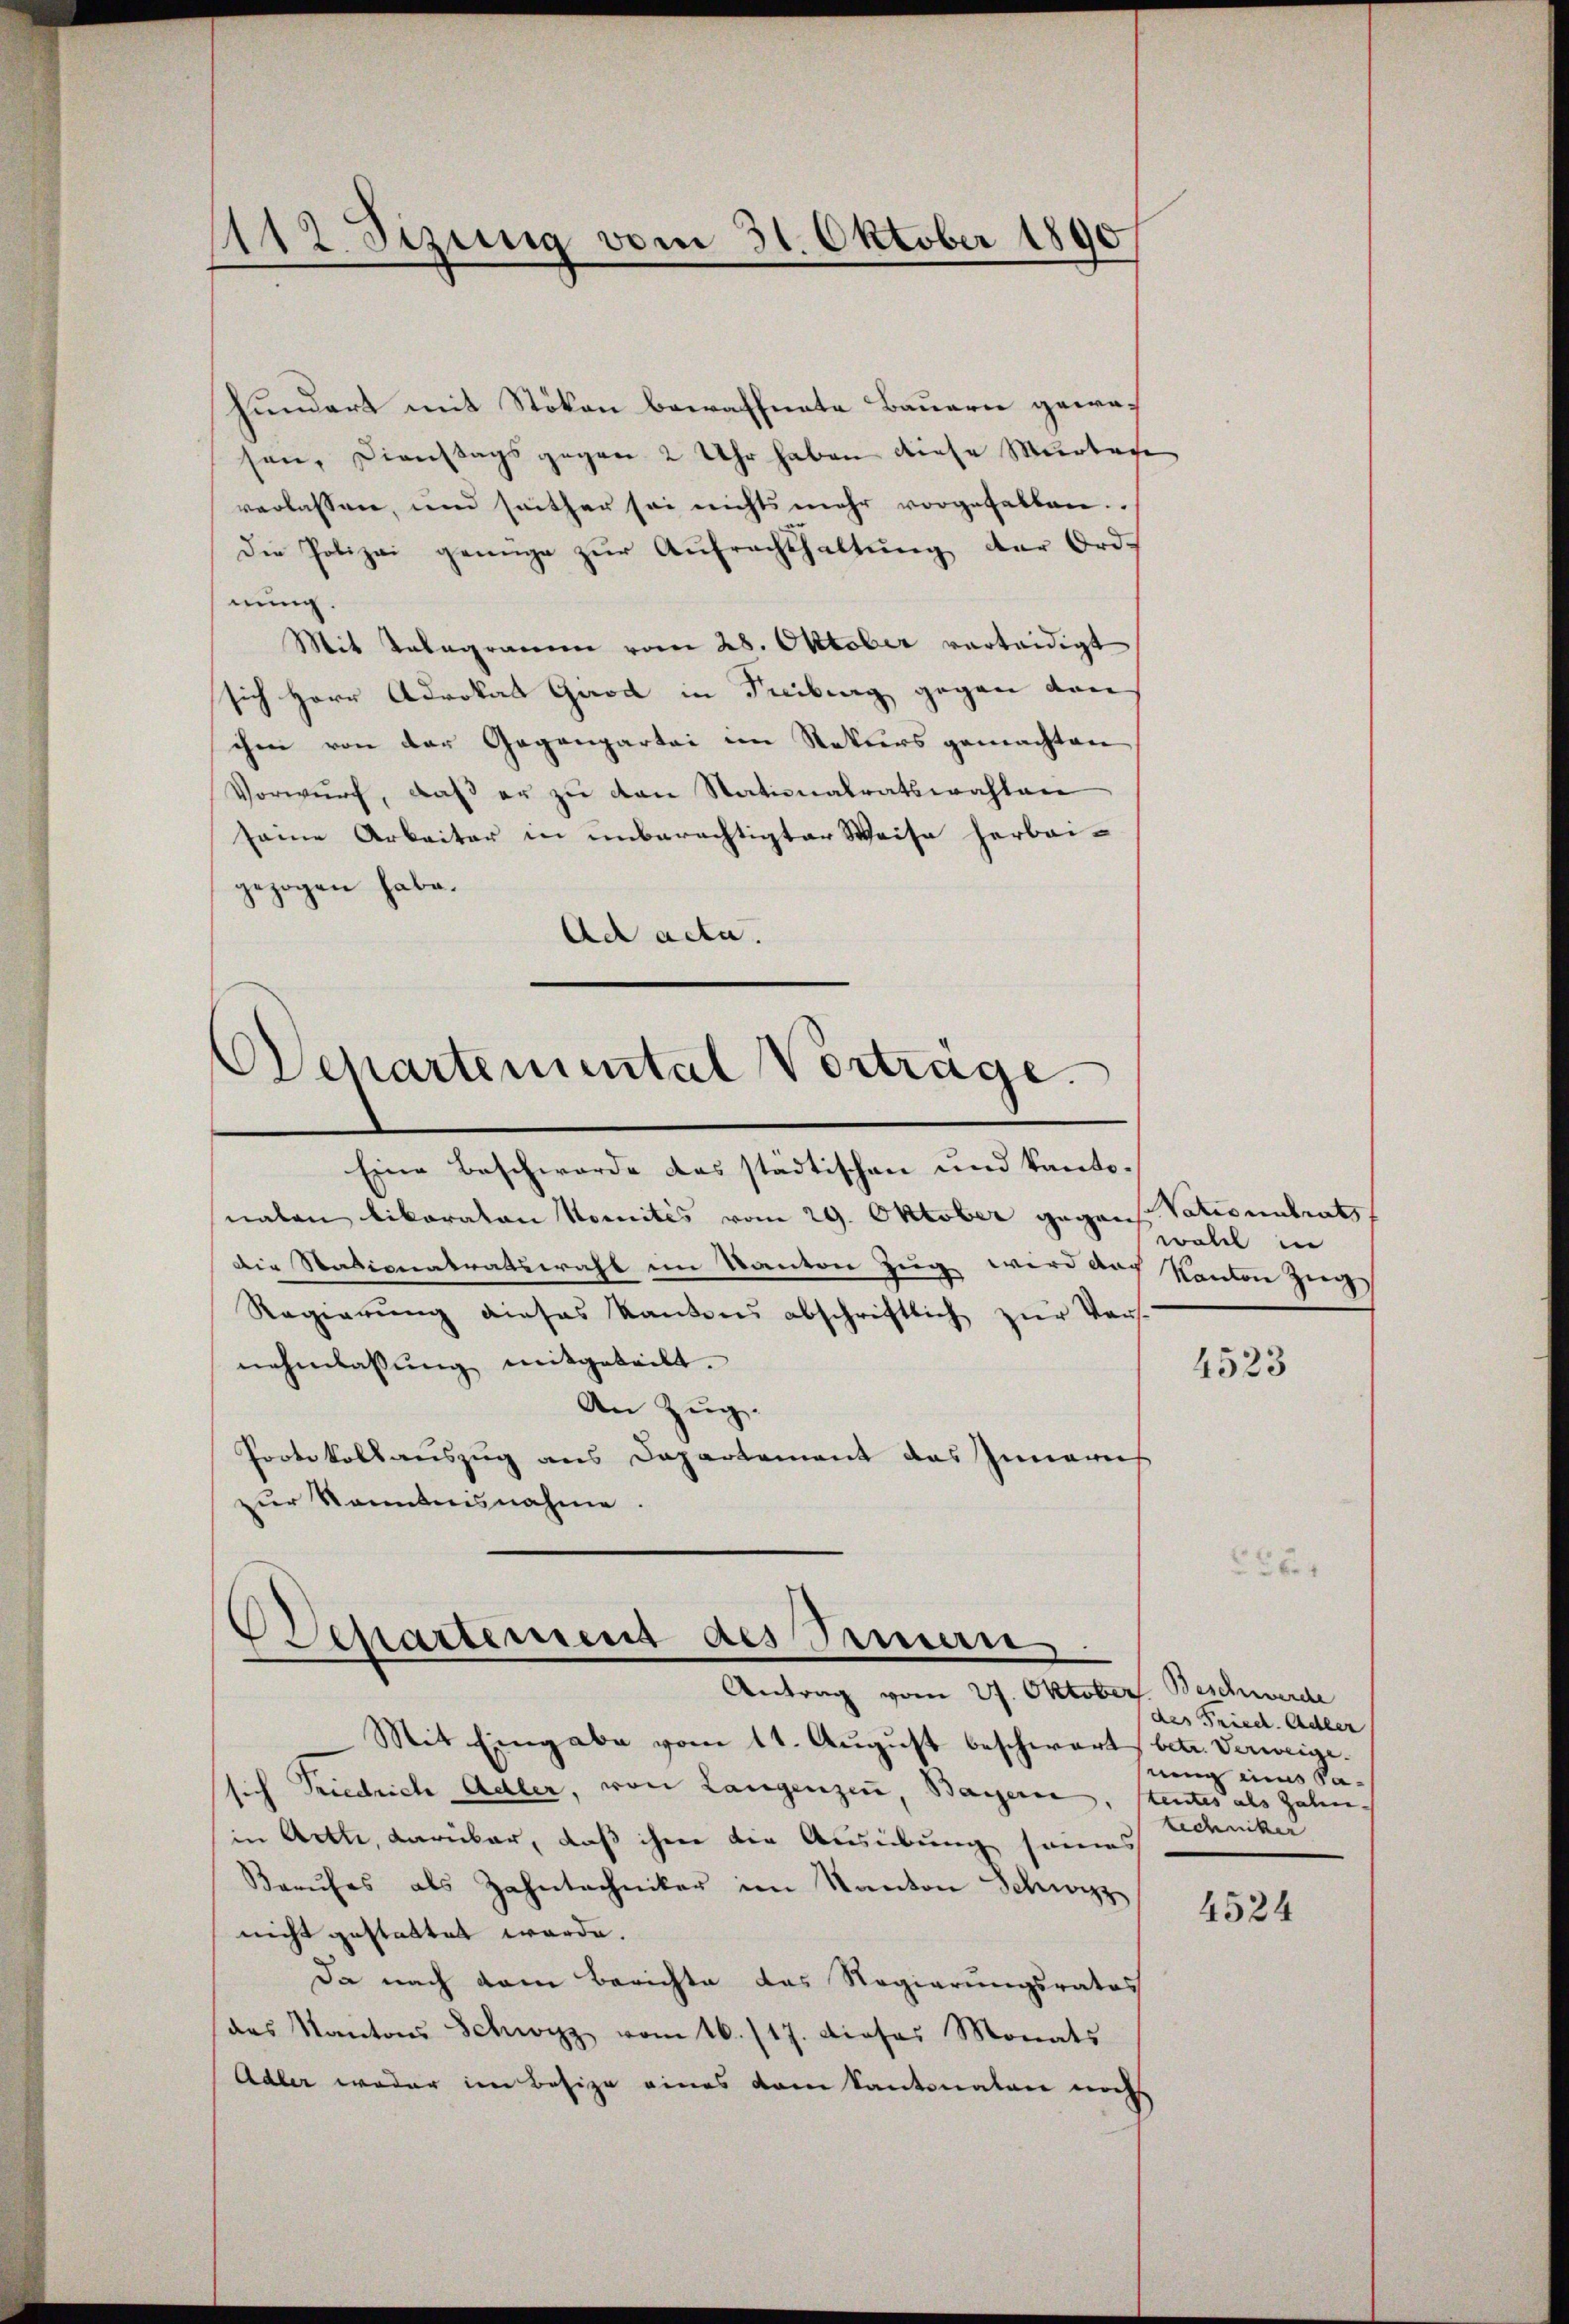
112 Sizung vom 31. Oktober 1890

hundert mit Stökon bewaffnete Bauern gewesen, Dienstags gegen 2 Uhr haben diese Murteie
verlassen, und seither sei nichts mehr vorgehalten.
Die Polizei genüge zŭr Aŭfrachthaltŭng der Ord
nung.
Mit Telegrammen vom 28. Oktober verteidigt
sich Herr Advokat Gard in Tribung gegen dan
ihe von der Gegenpartei im Rekurs gemachten
Vorwurf, daß er zu von Stationalratswahlen
seine Arbeiter in unberechtigter Weise herbeigezogen habe.
Ad acta.

Wepartemental Vorträge.

.
Departement des Erman
Antrag vom 27. Oktober. Beschwerde

Eine Beschwerde das städtischen und kantonalen likoraton Nomités vom 29. Oktober gegens Vationalrath
Die Nationatratswahl im Kanton Zug wird doch Kanton Zug,
Regierŭng dieses Kantons abschriftlich zur Vers.
nehmlassung mitgeteilt.
An Zug.
Protokollauszug aus Departement das Innerneh
zur Kenntnisnahme.

Mit Eingabe vom 11. August beschwart betr. Verweige
sich Friedrich Adler, von Langenzen, Bayern, Stentes als Zahn-
in Acte, darüber, daß ihme die Ausübung seines
Berufes als Zahntechniker im Kanton Schwyz
nicht gestattet werde.
Da nach dem Berichte das Regierungsrates
das Kantons Schwyz vom 16. 117. Dieses Monats
Adler weder im Besize eines vom Kantonalen noch

woll in

4523

des Fried. Adler
nung eins Satechniker

4524